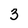
Character: 3